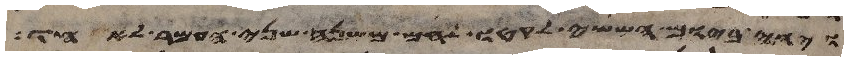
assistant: ויהי ביום הששי לקטו לחם משנה שני העמר לאחד